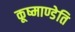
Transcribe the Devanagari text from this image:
कूष्माण्डेति